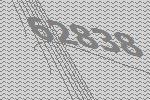
62838